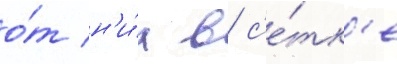
о́т н'и́х в с'е́тк'е